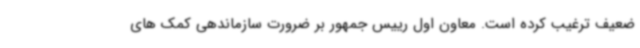
ضعیف ترغیب کرده است. معاون اول رییس جمهور بر ضرورت سازماندهی کمک های